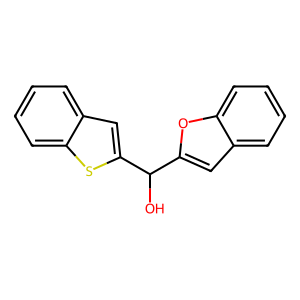
SMILES: OC(c1cc2ccccc2o1)c1cc2ccccc2s1
Inhibits HIV replication: No